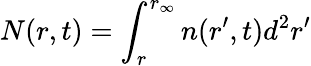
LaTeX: N(r,t)=\int_{r}^{r_{\infty}}n(r^{\prime},t)d^{2}r^{\prime}